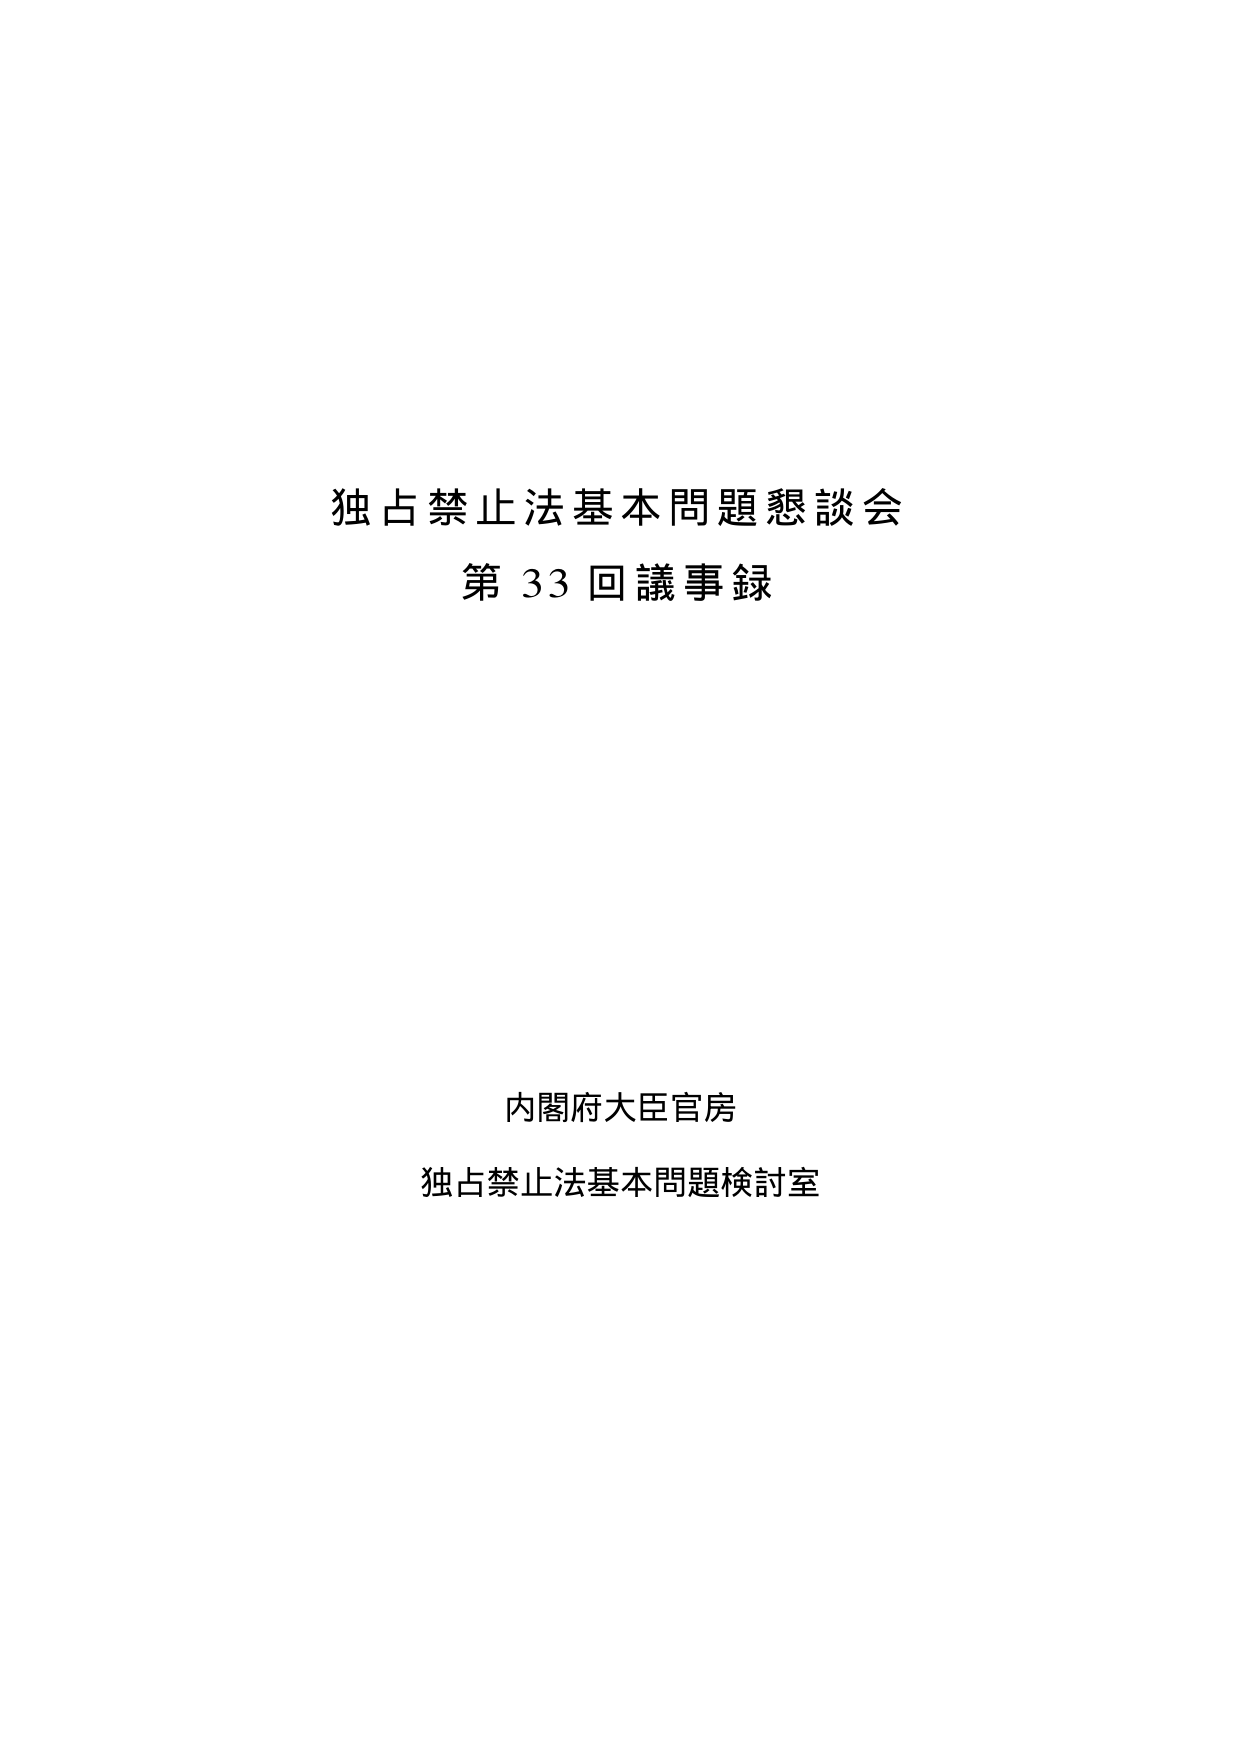
独占禁止法基本問題懇談会
第33回議事録

内閣府大臣官房
独占禁止法基本問題検討室